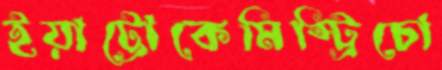
ইয়াট্রোকেমিস্ট্রিচো